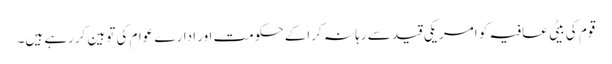
قوم کی بیٹی عافیہ کو امریکی قید سے رہا نہ کراکے حکومت اور ادارے عوام کی توہین کررہے ہیں۔